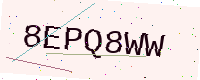
Text: 8EPQ8WW